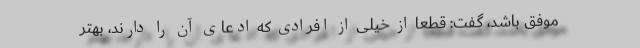
موفق باشد، گفت: قطعا از خیلی از افرادی که ادعای آن را دارند، بهتر